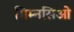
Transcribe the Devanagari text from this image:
गिम्नसिओ